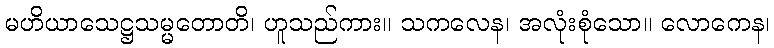
မဟိယာသေဋ္ဌသမ္မတောတိ၊ ဟူသည်ကား။ သကလေန၊ အလုံးစုံသော။ လောကေန၊